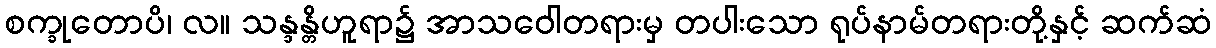
စက္ခုတောပိ၊ လ။ သန္ဒန္တိဟူရာ၌ အာသဝေါတရားမှ တပါးသော ရုပ်နာမ်တရားတို့နှင့် ဆက်ဆံ